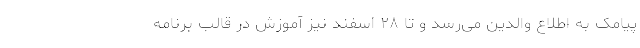
پیامک به اطلاع والدین می‌رسد و تا ۲۸ اسفند نیز آموزش در قالب برنامه